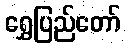
ရွှေပြည်တော်